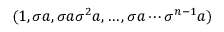
( 1 , \sigma a , \sigma a \sigma ^ { 2 } a , \ldots , \sigma a \cdots \sigma ^ { n - 1 } a )